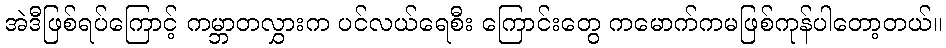
အဲဒီဖြစ်ရပ်ကြောင့် ကမ္ဘာတလွှားက ပင်လယ်ရေစီး ကြောင်းတွေ ကမောက်ကမဖြစ်ကုန်ပါတော့တယ်။